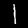
Label: 1